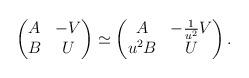
LaTeX: \begin{align*}\begin{pmatrix}A & -V \\ B & U \end{pmatrix} \simeq \begin{pmatrix}A & -\frac{1}{u^2}V \\ u^2B & U \end{pmatrix}.\end{align*}